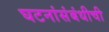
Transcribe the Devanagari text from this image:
घटनांसंबंधीची